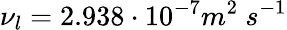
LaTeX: \nu_{l}=2.938\cdot 10^{-7}m^{2}\ s^{-1}